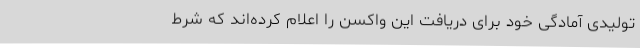
تولیدی آمادگی خود برای دریافت این واکسن را اعلام کرده‌اند که شرط